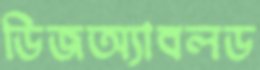
ডিজঅ্যাবলড